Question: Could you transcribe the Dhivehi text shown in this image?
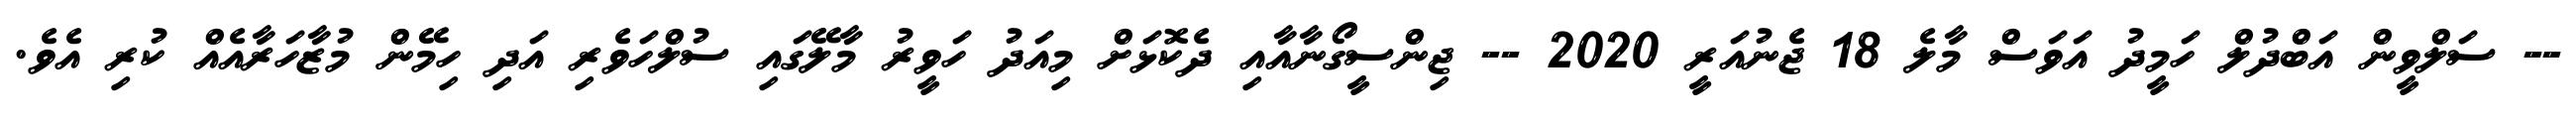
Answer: -- ސަލްވީން އަބްދުލް ހަމީދު އަވަސް މާލެ 18 ޖެނުއަރީ 2020 -- ޖިންސީގޯނާއާއި ދެކޮޅަށް މިއަދު ހަވީރު މާލޭގައި ސުލްހަވެރި އަދި ހިމޭން މުޒާހަރާއެއް ކުރި އެވެ.